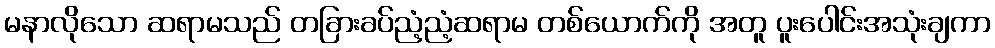
မနာလိုသော ဆရာမသည် တခြားခပ်ညံ့ညံ့ဆရာမ တစ်ယောက်ကို အတူ ပူးပေါင်းအသုံးချကာ